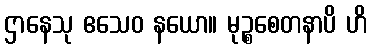
ဌာနေသု ဧသေဝ နယော။ မုဉ္စစေတနာပိ ဟိ